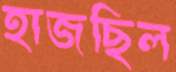
হাজছিল